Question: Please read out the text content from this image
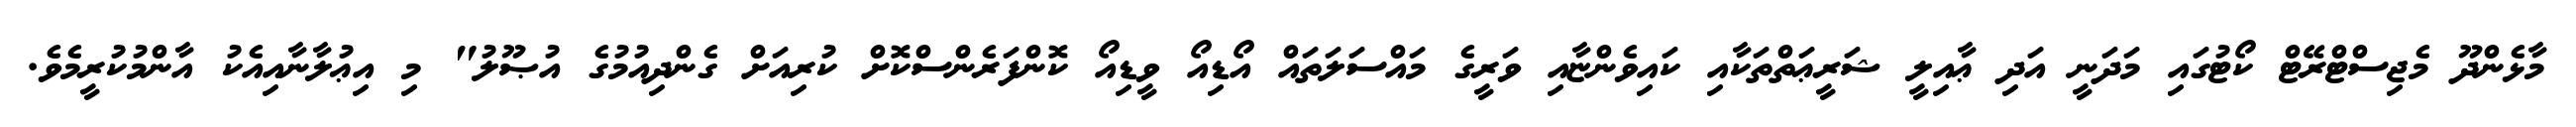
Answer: މާޅެންދޫ މެޖިސްޓްރޭޓް ކޯޓުގައި މަދަނީ އަދި ޢާއިލީ ޝަރީޢަތްތަކާއި ކައިވެންޏާއި ވަރީގެ މައްސަލަތައް އޯޑިއޯ ވީޑިއޯ ކޮންފަރެންސްކޮށް ކުރިއަށް ގެންދިއުމުގެ އުޞޫލު" މި އިޢުލާނާއިއެކު އާންމުކުރީމެވެ.